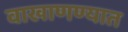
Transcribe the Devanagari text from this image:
वाखाणण्यात